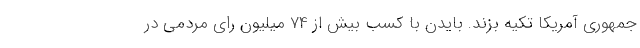
جمهوری آمریکا تکیه بزند. بایدن با کسب بیش از 74 میلیون رای مردمی در